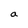
Character: a